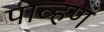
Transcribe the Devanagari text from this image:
पाव्हणं